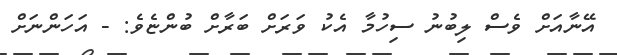
އޭނާއަށް ވެސް ލިބުނު ސިހުމާ އެކު ވަރަށް ބަރާށް ބުންޏެވެ: - އަހަންނަށް